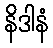
နိဒါနံ